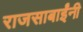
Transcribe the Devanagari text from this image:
राजसाबाईंनी